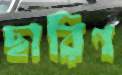
ছারিণ